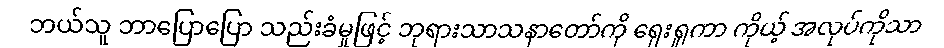
ဘယ်သူ ဘာပြောပြော သည်းခံမှုဖြင့် ဘုရားသာသနာတော်ကို ရှေးရှုကာ ကိုယ့် အလုပ်ကိုသာ